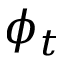
\phi _ { t }